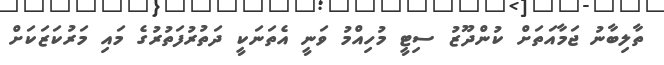
ތާލިބާނު ޖަމާއަތަށް ކުންދޫޒު ސިޓީ މުހިއްމު ވަނީ އެތަނަކީ ދަތުރުފަތުރުގެ މައި މަރުކަޒަކަށް